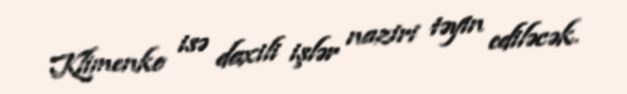
Klimenko isə daxili işlər naziri təyin ediləcək.